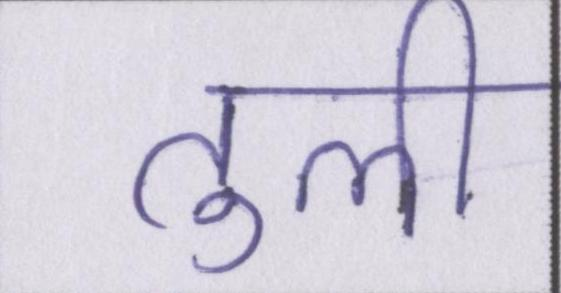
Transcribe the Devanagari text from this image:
तुली